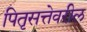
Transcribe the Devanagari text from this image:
पितृसत्तेवरील